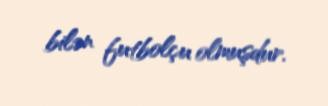
bilən futbolçu olmuşdur.